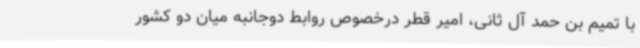
با تمیم بن حمد آل ثانی، امیر قطر درخصوص روابط دوجانبه میان دو کشور